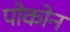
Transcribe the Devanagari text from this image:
पोकोन